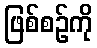
ဖြစ်စဉ်ကို